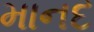
માનદ